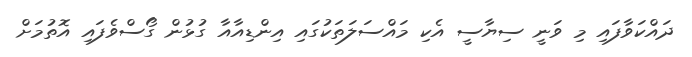
ދައްކަވާފައި މި ވަނީ ސިޔާސީ އެކި މައްސަލަތަކުގައި އިންޑިއާއާ ގުޅުން ގޯސްވެފައި އޮތުމަށް